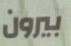
بيرون